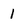
Character: 1